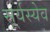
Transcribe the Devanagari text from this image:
सूर्यस्येव